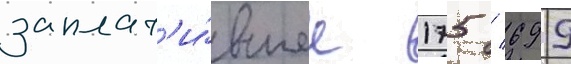
заплат'и́вшее 175 / 699